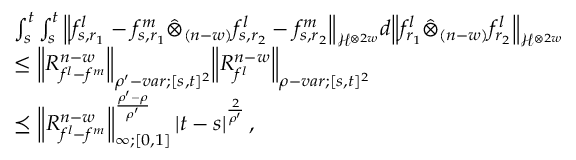
\begin{array} { r l } & { \int _ { s } ^ { t } \int _ { s } ^ { t } { \left\lVert { f _ { s , r _ { 1 } } ^ { l } - f _ { s , r _ { 1 } } ^ { m } \hat { \otimes } _ { ( n - w ) } f _ { s , r _ { 2 } } ^ { l } - f _ { s , r _ { 2 } } ^ { m } } \right\rVert } _ { \mathcal { H } ^ { \otimes 2 w } } d { \left\lVert { f _ { r _ { 1 } } ^ { l } \hat { \otimes } _ { ( n - w ) } f _ { r _ { 2 } } ^ { l } } \right\rVert } _ { \mathcal { H } ^ { \otimes 2 w } } } \\ & { \leq { \left\lVert { R _ { f ^ { l } - f ^ { m } } ^ { n - w } } \right\rVert } _ { \rho ^ { \prime } - v a r ; [ s , t ] ^ { 2 } } { \left\lVert { R _ { f ^ { l } } ^ { n - w } } \right\rVert } _ { \rho - v a r ; [ s , t ] ^ { 2 } } } \\ & { \preceq { \left\lVert { R _ { f ^ { l } - f ^ { m } } ^ { n - w } } \right\rVert } _ { \infty ; [ 0 , 1 ] } ^ { \frac { \rho ^ { \prime } - \rho } { \rho ^ { \prime } } } \left| t - s \right| ^ { \frac { 2 } { \rho ^ { \prime } } } , } \end{array}